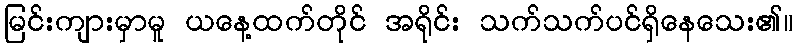
မြင်းကျားမှာမူ ယနေ့ထက်တိုင် အရိုင်း သက်သက်ပင်ရှိနေသေး၏။